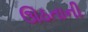
ઊઠતાની